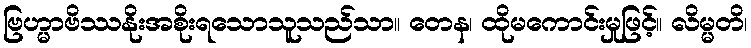
ဗြဟ္မာဗိဿနိုးအစိုးရသောသူသည်သာ။ တေန၊ ထိုမကောင်းမှုဖြင့်။ လိမ္မတိ၊